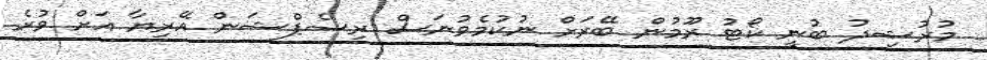
މުރުޝިދު ބުނީ ކޯޓު ރޫމުން ބޭރަށް ނުކުމެވުނަސް ރިސެޕްޝަން އޭރިޔާ އަށް ވުރެ